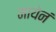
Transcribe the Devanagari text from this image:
मायेनं